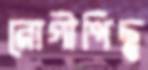
রোগীপিছু